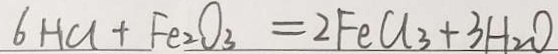
6 H C l + F e _ { 2 } O _ { 3 } = 2 F e C l _ { 3 } + 3 H _ { 2 } O